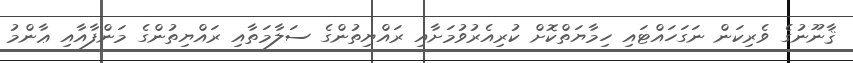
ޤާނޫނުގެ ވެރިކަން ނަގަހައްޓައި ހިމާޔަތްކޮށް ކުރިއެރުވުމަށާއި ރައްޔިތުންގެ ސަލާމަތާއި ރައްޔިތުންގެ މަންފާއާއި ޢާންމު